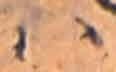
ハ